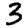
Digit: 3